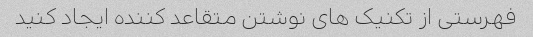
فهرستی از تکنیک های نوشتن متقاعد کننده ایجاد کنید